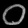
Digit: ၀